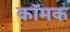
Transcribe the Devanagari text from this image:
कॉमक